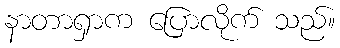
နာတာရှာက ပြောလိုက် သည်။